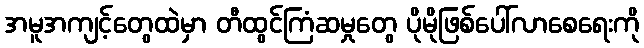
အမူအကျင့်တွေထဲမှာ တီထွင်ကြံဆမှုတွေ ပိုမိုဖြစ်ပေါ်လာစေရေးကို